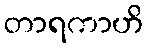
တာရကာဟိ